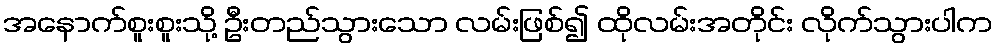
အနောက်စူးစူးသို့ ဦးတည်သွားသော လမ်းဖြစ်၍ ထိုလမ်းအတိုင်း လိုက်သွားပါက